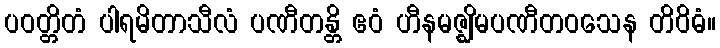
ပဝတ္တိတံ ပါရမိတာသီလံ ပဏီတန္တိ ဧဝံ ဟီနမဇ္ဈိမပဏီတဝသေန တိဝိဓံ။